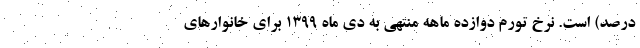
درصد) است. نرخ تورم دوازده ماهه منتهی به دی ماه 1399 برای خانوار‌های